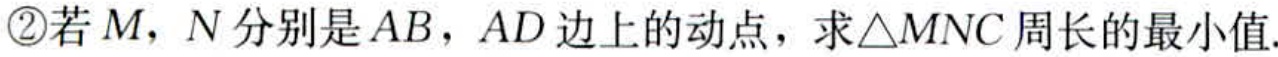
\textcircled{2}若\(M\)，\(N\)分别是\(AB\)，\(AD\)边上的动点，求\(\triangle MNC\)周长的最小值.